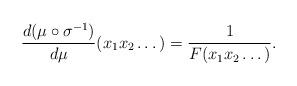
LaTeX: \begin{align*}\frac{d(\mu\circ\sigma^{-1})}{d\mu}(x_1x_2\dots)=\frac{1}{F(x_1x_2\dots)}.\end{align*}